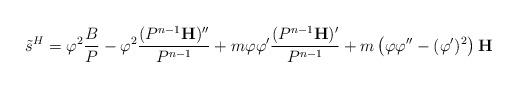
LaTeX: \begin{align*}\tilde{s}^H = \varphi^2\frac{B}{P} - \varphi^2\frac{(P^{n-1}\mathbf{H})''}{P^{n-1}} + m\varphi\varphi'\frac{(P^{n-1}\mathbf{H})'}{P^{n-1}} + m\left(\varphi\varphi''-(\varphi')^2\right)\mathbf{H}\end{align*}